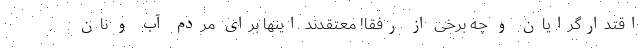
اقتدارگرایان و چه برخی از رفقا! معتقدند اینها برای مردم آب و نان